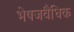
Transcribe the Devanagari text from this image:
भेषजवैधिक